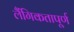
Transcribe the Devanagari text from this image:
लैंगिकतापूर्ण